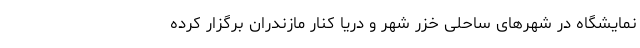
نمایشگاه در شهرهای ساحلی خزر شهر و دریا کنار مازندران برگزار کرده